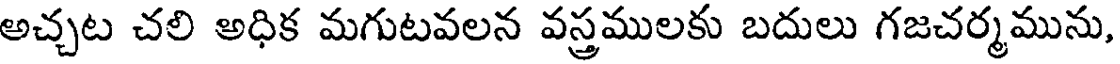
అచ్చట చలి అధిక మగుటవలన వస్త్రములకు బదులు గజచర్మమును,